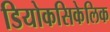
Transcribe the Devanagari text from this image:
डियोकसिकेलिक